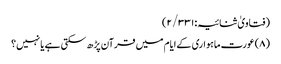
(فتاویٰ ثنائیہ:۲/۳۳۱)
(۸) عورت ماہواری کےایام میں قرآن پڑھ سکتی ہے یا نہیں؟